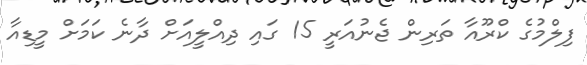
ފިލްމުގެ ކްރޫއާ ތަރިން ޖެނުއަރީ 15 ގައި ދިއްލީއަށް ދާނެ ކަމަށް މީޑިއާ